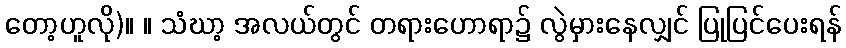
တော့ဟူလို)။ ။ သံဃာ့ အလယ်တွင် တရားဟောရာ၌ လွဲမှားနေလျှင် ပြုပြင်ပေးရန်